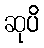
ဆုပိ